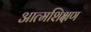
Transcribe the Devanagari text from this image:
आत्मशिक्षण